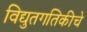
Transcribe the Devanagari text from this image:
विद्युतगतिकीचे